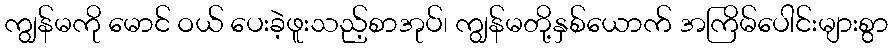
ကျွန်မကို မောင် ဝယ် ပေးခဲ့ဖူးသည့်စာအုပ်၊ ကျွန်မတို့နှစ်ယောက် အကြိမ်ပေါင်းများစွာ